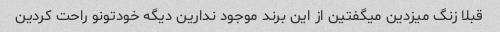
قبلا زنگ میزدین میگفتین از این برند موجود ندارین دیگه خودتونو راحت کردین